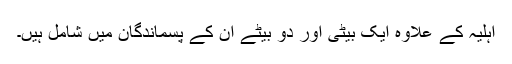
اہلیہ کے علاوہ ایک بیٹی اور دو بیٹے ان کے پسماندگان میں شامل ہیں۔